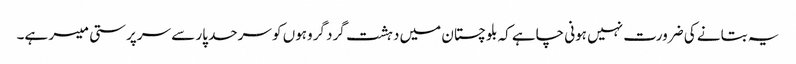
یہ بتانے کی ضرورت نہیں ہونی چاہے کہ بلوچستان میں دہشت گرد گروہوں کو سرحد پار سے سرپرستی میسر ہے۔